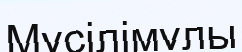
Мүсілімұлы